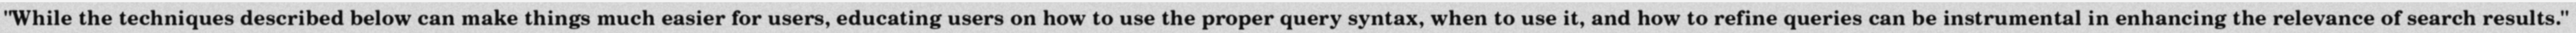
"While the techniques described below can make things much easier for users, educating users on how to use the proper query syntax, when to use it, and how to refine queries can be instrumental in enhancing the relevance of search results."